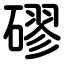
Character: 磟